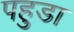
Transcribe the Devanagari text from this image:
पहुडा